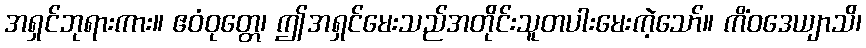
အရှင်ဘုရားကား။ ဧဝံဝုတ္တေ၊ ဤအရှင်မေးသည်အတိုင်းသူတပါးမေးကဲ့သော်။ ကိံဝဒေယျာသိ၊